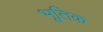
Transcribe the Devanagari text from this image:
भूतिक